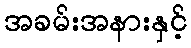
အခမ်းအနားနှင့်